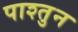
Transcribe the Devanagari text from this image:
पाश्तुन